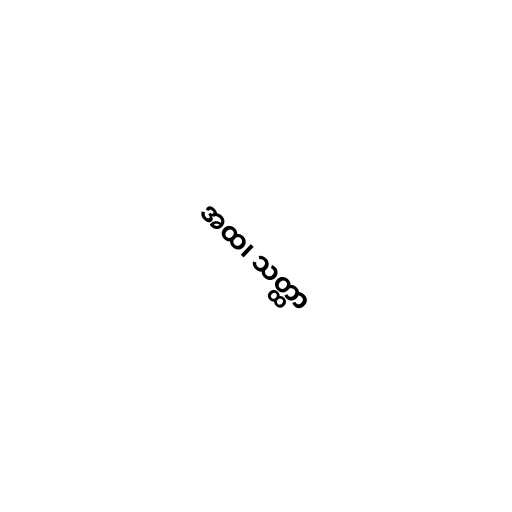
အထ၊ သတ္ထာ